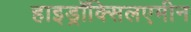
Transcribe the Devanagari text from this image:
हाइड्राॅक्सिलएमीन